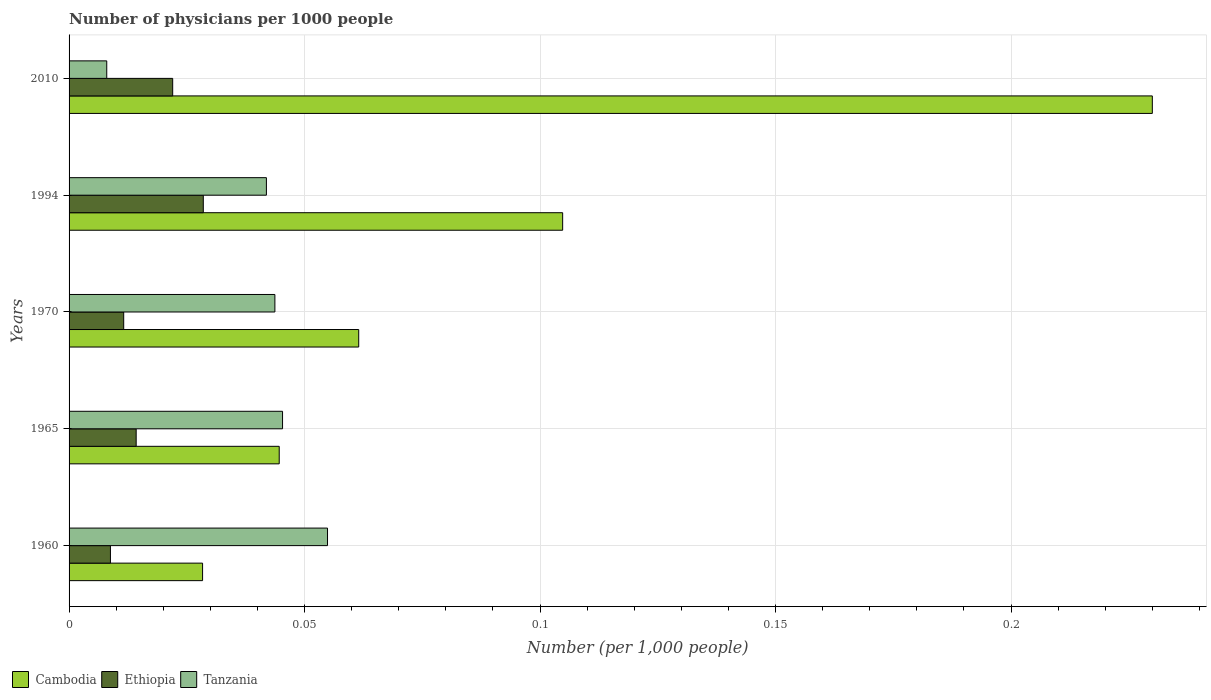
| Years | Cambodia | Ethiopia | Tanzania |
 | --- | --- | --- | --- |
 | 1960 | 0.0283 | 0.00878 | 0.0549 |
 | 1965 | 0.0446 | 0.0142 | 0.0453 |
 | 1970 | 0.0615 | 0.0116 | 0.0437 |
 | 1994 | 0.105 | 0.0285 | 0.0419 |
 | 2010 | 0.23 | 0.022 | 0.008 |